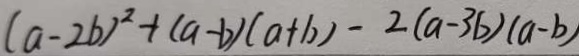
( a - 2 b ) ^ { 2 } + ( a - b ) ( a + b ) - 2 ( a - 3 b ) ( a - b )